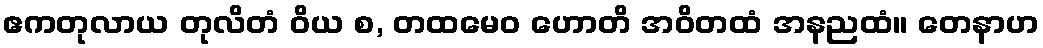
ဧကတုလာယ တုလိတံ ဝိယ စ, တထမေဝ ဟောတိ အဝိတထံ အနညထံ။ တေနာဟ